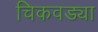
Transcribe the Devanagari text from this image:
चिकवड्या